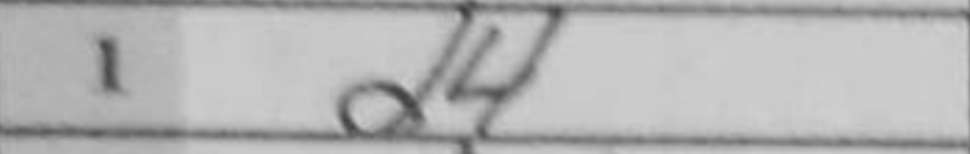
Transcription: d4